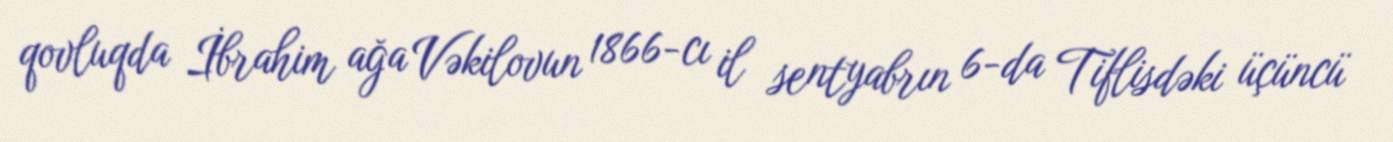
qovluqda İbrahim ağa Vəkilovun 1866-cı il sentyabrın 6-da Tiflisdəki üçüncü